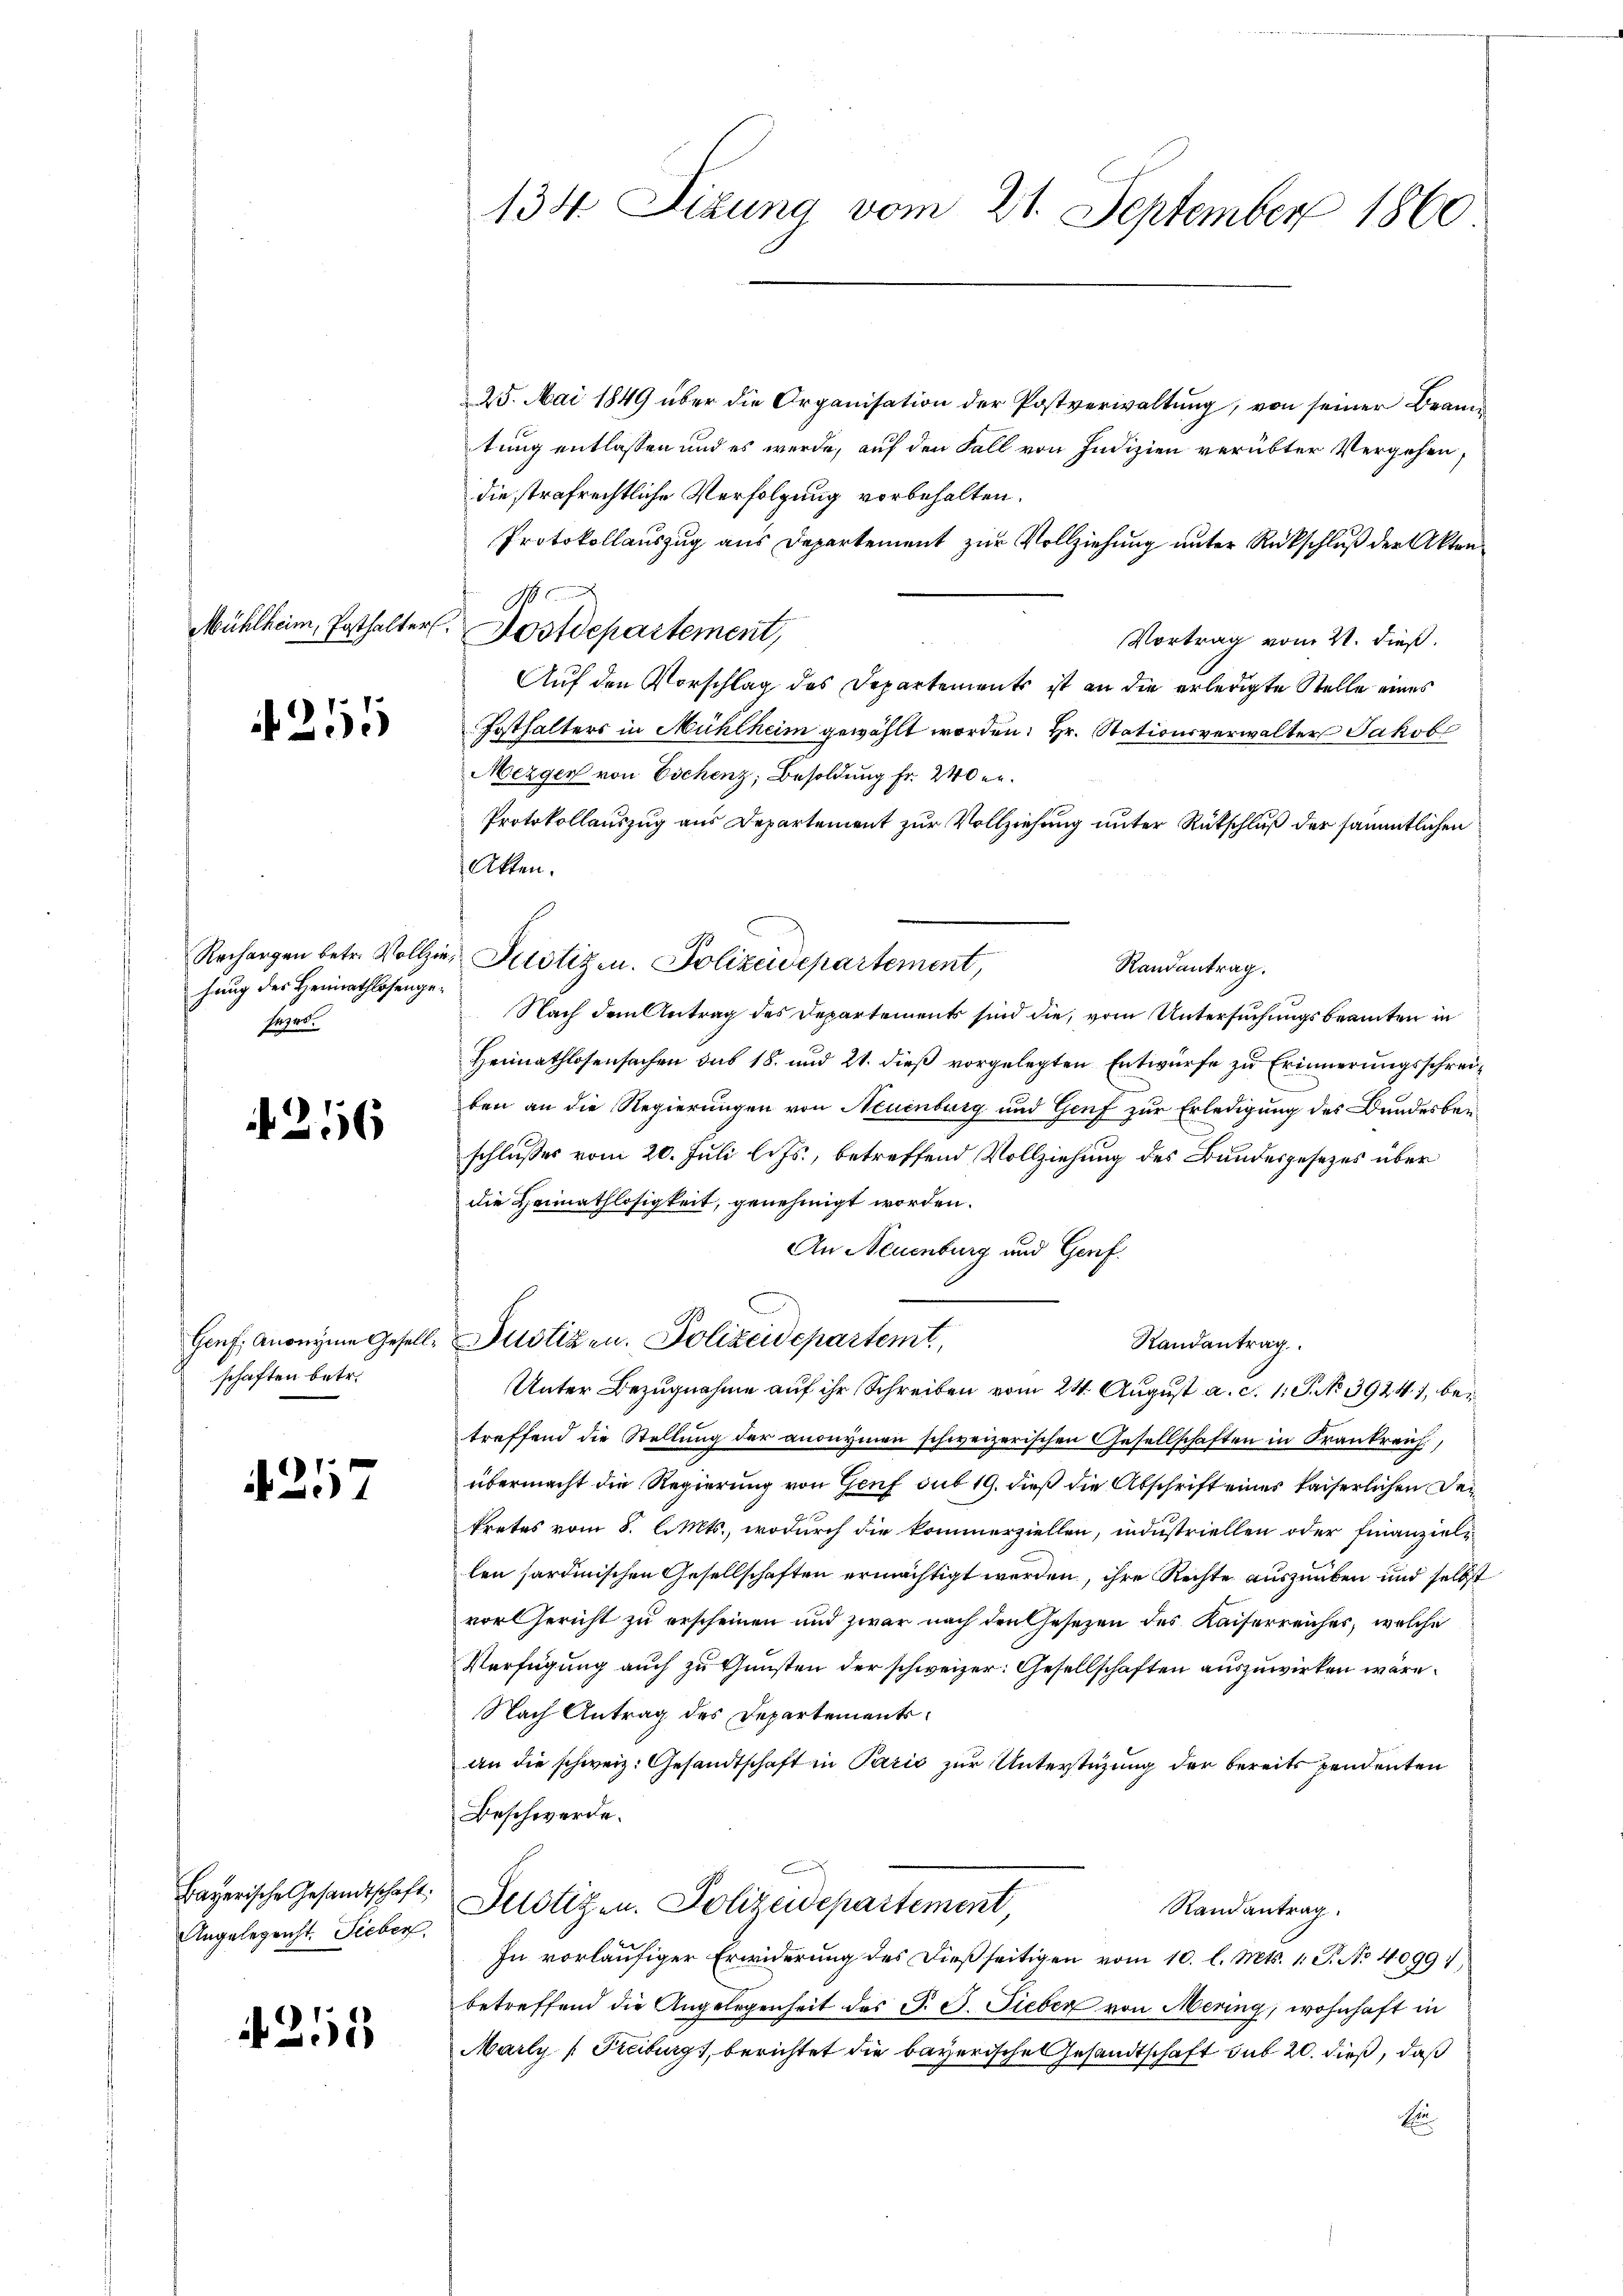
Mühlheim, Posthalter.

255

hnung des Heimathlosengesezes.

256

schaften betr.

21

Angelegenst. Sieber

4255

134 Sizung vom 21. September 1860

25. Mai 1849 über die Organisation der Postverwaltung, von seiner Beamtung entlassen und es werde, auf den Fall von Indizien verübter Vergehen,
die strafrechtliche Verfolgung vorbehalten.
Protokollauszug aus Departement zur Vollziehung unter Rückschluß der Akten
Vortrag vom 21. dieß.
Auf den Vorschlag des Departements ist an die erledigte Stelle eines
Fosthalters in Mühlheim gewählt worden. Hr. Stationsverwalter Jakob
Mergen von Eschenz, Besoldung fr. 240 er
Protokollauszug aus Departement zur Vollziehung unter Rütschluß der sämmtlichen
Akten.
Randantrag.
Nach dem Antrag des Departements sind die, vom Untersuchungsbeamten in
Heimathlosensachen das 18. und 21. dieß vorgelegten Entwurfe zu Erinnerungsschreiben an die Regierungen von Neuenburg und Genf zur Erledigung des Bundesbeischlusses vom 20. Juli l. Js., betreffend Vollziehung des Bundesgesetzes über
die Heimathlosigkeit, genehmigt worden.
An Neuenburg und Genf.
u
Genf, anonyme Gesell- Justizen. Polizeidepartemt,
Randantrag.
Unter Bezugnahme auf ihr Schreiben vom 24. August a. c. 11. No 39241, betreffend die Stellung der anonymen schweizerischen Gesellschaften in Frankreich,
übermacht die Regierung von Genf sub 19. dieß die Abschrift einer kaiserlichen Dekretes vom 8. l. Mts., wodurch die kommerziellen, industriellen oder Finanziellen sardinischen Gesellschaften ermächtigt werden, ihre Rechte auszuüben und selbst
vor Gericht zu erscheinen und zwar nach den Gesetzen des Kaiserreicher, welche
Verfügung auch zu Gunsten der schweizer: Gesellschaften auszuwirken wäre.
Nach Antrag des Departementsan die schweiz. Gesandtschaft in Paris zur Unterstüzung der bereits pendenten
Beschwerde.
Bayerische Gesandtschaft. Destigen. Polizeidepartement
Randantrag.
In vorläufiger Erwiderung des dießseitigen vom 10. l. Mts. 1. P. No 40991,
betreffend die Angelegenheit des P. J. Fieben von Mering, wohnhaft in
Marly Freiburg, berichtet die bayerische Gesandtschaft sub 20. dieß, daß
E

N
Dostdepartement,

Rechargen betr. Vollzie Pilotizen. Polizeisepartement